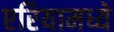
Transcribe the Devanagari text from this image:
एरियामध्ये